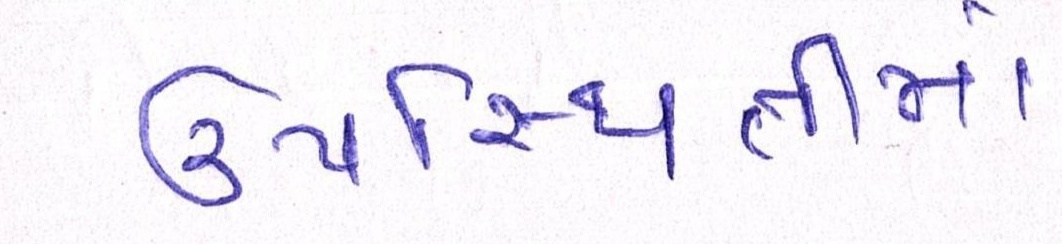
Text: ઉપસ્થિતીમાં